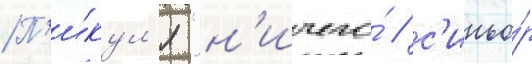
П'и́кул'я "н'ичего́ / с'иньо́р